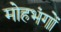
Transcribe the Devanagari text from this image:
मोहभंगों